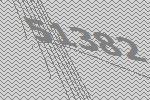
51382